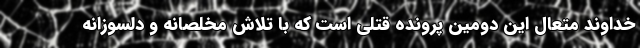
خداوند متعال این دومین پرونده قتلی است که با تلاش مخلصانه و دلسوزانه